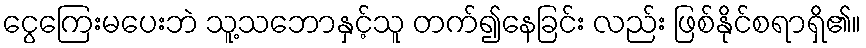
ငွေကြေးမပေးဘဲ သူ့သဘောနှင့်သူ တက်၍နေခြင်း လည်း ဖြစ်နိုင်စရာရှိ၏။